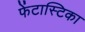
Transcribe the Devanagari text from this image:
फेंटास्टिका